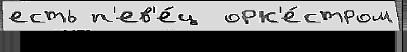
есть п'ев'е́ц  орк'е́стром